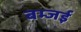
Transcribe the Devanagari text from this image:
बम्जई